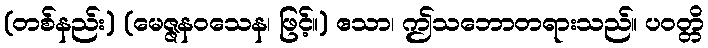
(တစ်နည်း) (မေဇ္ဇနဝသေန၊ ဖြင့်။) ဧသာ၊ ဤသဘောတရားသည်။ ပဝတ္တိ